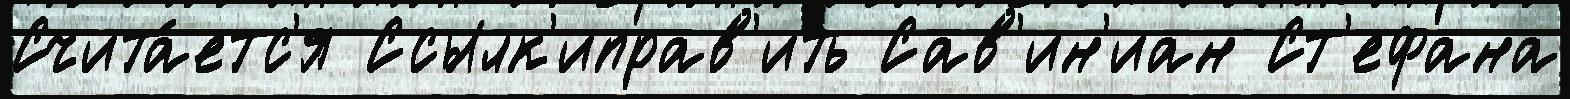
Счита́етс'я Ссылк'иправ'ить Сав'ин'иан Ст'ефана